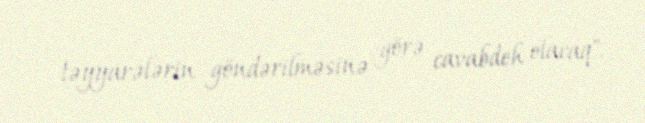
təyyarələrin göndərilməsinə görə cavabdeh olacaq".